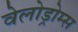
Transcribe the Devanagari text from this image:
वेलोड्रोम्स